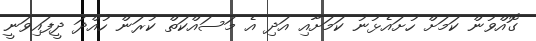
ގޮއްވުން ކަމަށް ހުށައެޅުނު ކަމަށާއި އަދި އެ މަސައްކަތް ކުރަން ހުއްދަ ދީފައިވަނީ